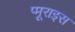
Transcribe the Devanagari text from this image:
प्मूराइस